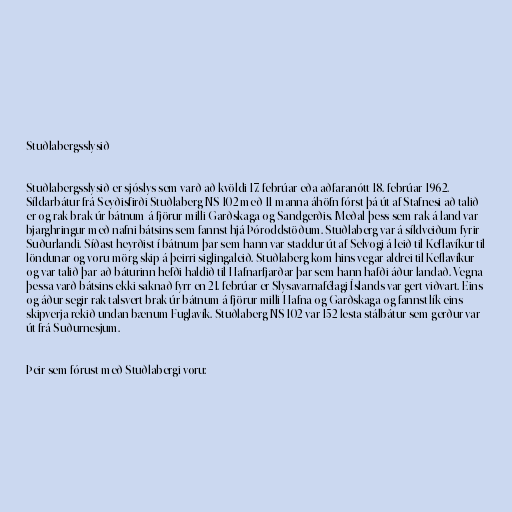
Stuðlabergsslysið

Stuðlabergsslysið er sjóslys sem varð að kvöldi 17. febrúar eða aðfaranótt 18. febrúar 1962.
Síldarbátur frá Seyðisfirði Stuðlaberg NS 102 með 11 manna áhöfn fórst þá út af Stafnesi að talið
er og rak brak úr bátnum á fjörur milli Garðskaga og Sandgerðis. Meðal þess sem rak á land var
bjarghringur með nafni bátsins sem fannst hjá Þóroddstöðum. Stuðlaberg var á síldveiðum fyrir
Suðurlandi. Síðast heyrðist í bátnum þar sem hann var staddur út af Selvogi á leið til Keflavíkur til
löndunar og voru mörg skip á þeirri siglingaleið. Stuðlaberg kom hins vegar aldrei til Keflavíkur
og var talið þar að báturinn hefði haldið til Hafnarfjarðar þar sem hann hafði áður landað. Vegna
þessa varð bátsins ekki saknað fyrr en 21. febrúar er Slysavarnafélagi Íslands var gert viðvart. Eins
og áður segir rak talsvert brak úr bátnum á fjörur milli Hafna og Garðskaga og fannst lík eins
skipverja rekið undan bænum Fuglavík. Stuðlaberg NS 102 var 152 lesta stálbátur sem gerður var
út frá Suðurnesjum.

Þeir sem fórust með Stuðlabergi voru: